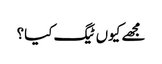
مجھے کیوں ٹیگ کیا؟